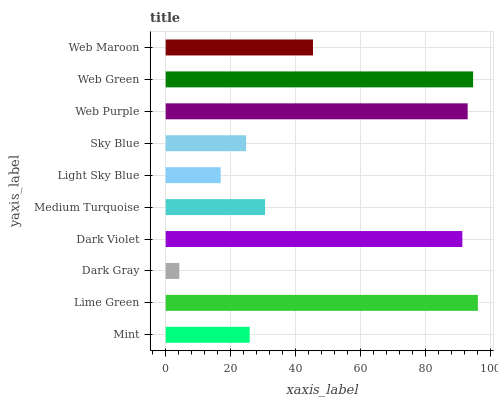
| yaxis_label | bars |
 | --- | --- |
 | Mint | 25.8 |
 | Lime Green | 96 |
 | Dark Gray | 4.19 |
 | Dark Violet | 91.2 |
 | Medium Turquoise | 30.6 |
 | Light Sky Blue | 16.9 |
 | Sky Blue | 24.7 |
 | Web Purple | 92.9 |
 | Web Green | 94.6 |
 | Web Maroon | 45.3 |